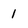
Character: 1